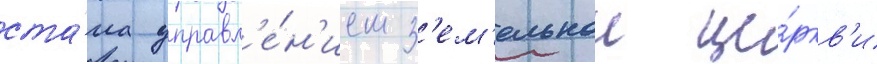
ста́ла управл'е́н'ием з'ем'ельнои це́ркв'и